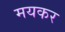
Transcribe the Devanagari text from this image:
मयकर